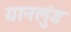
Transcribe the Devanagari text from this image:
ग्रानलुंड